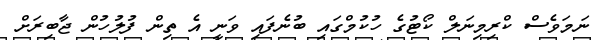
ނަމަވެސް ކްރިމިނަލް ކޯޓުގެ ހުކުމްގައި ބުނެފައި ވަނީ އެ ތިން ފުލުހުން ޖާބިރަށް